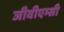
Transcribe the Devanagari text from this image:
जीवीएम्सी